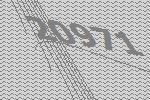
20971